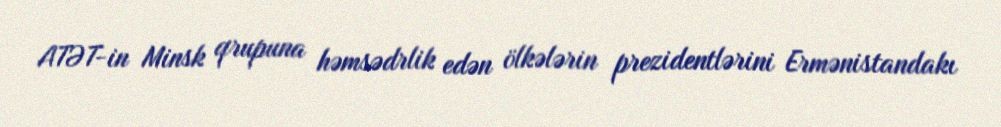
ATƏT-in Minsk qrupuna həmsədrlik edən ölkələrin prezidentlərini Ermənistandakı